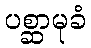
ပစ္ဆာမုခံ